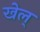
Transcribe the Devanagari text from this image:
खेल्